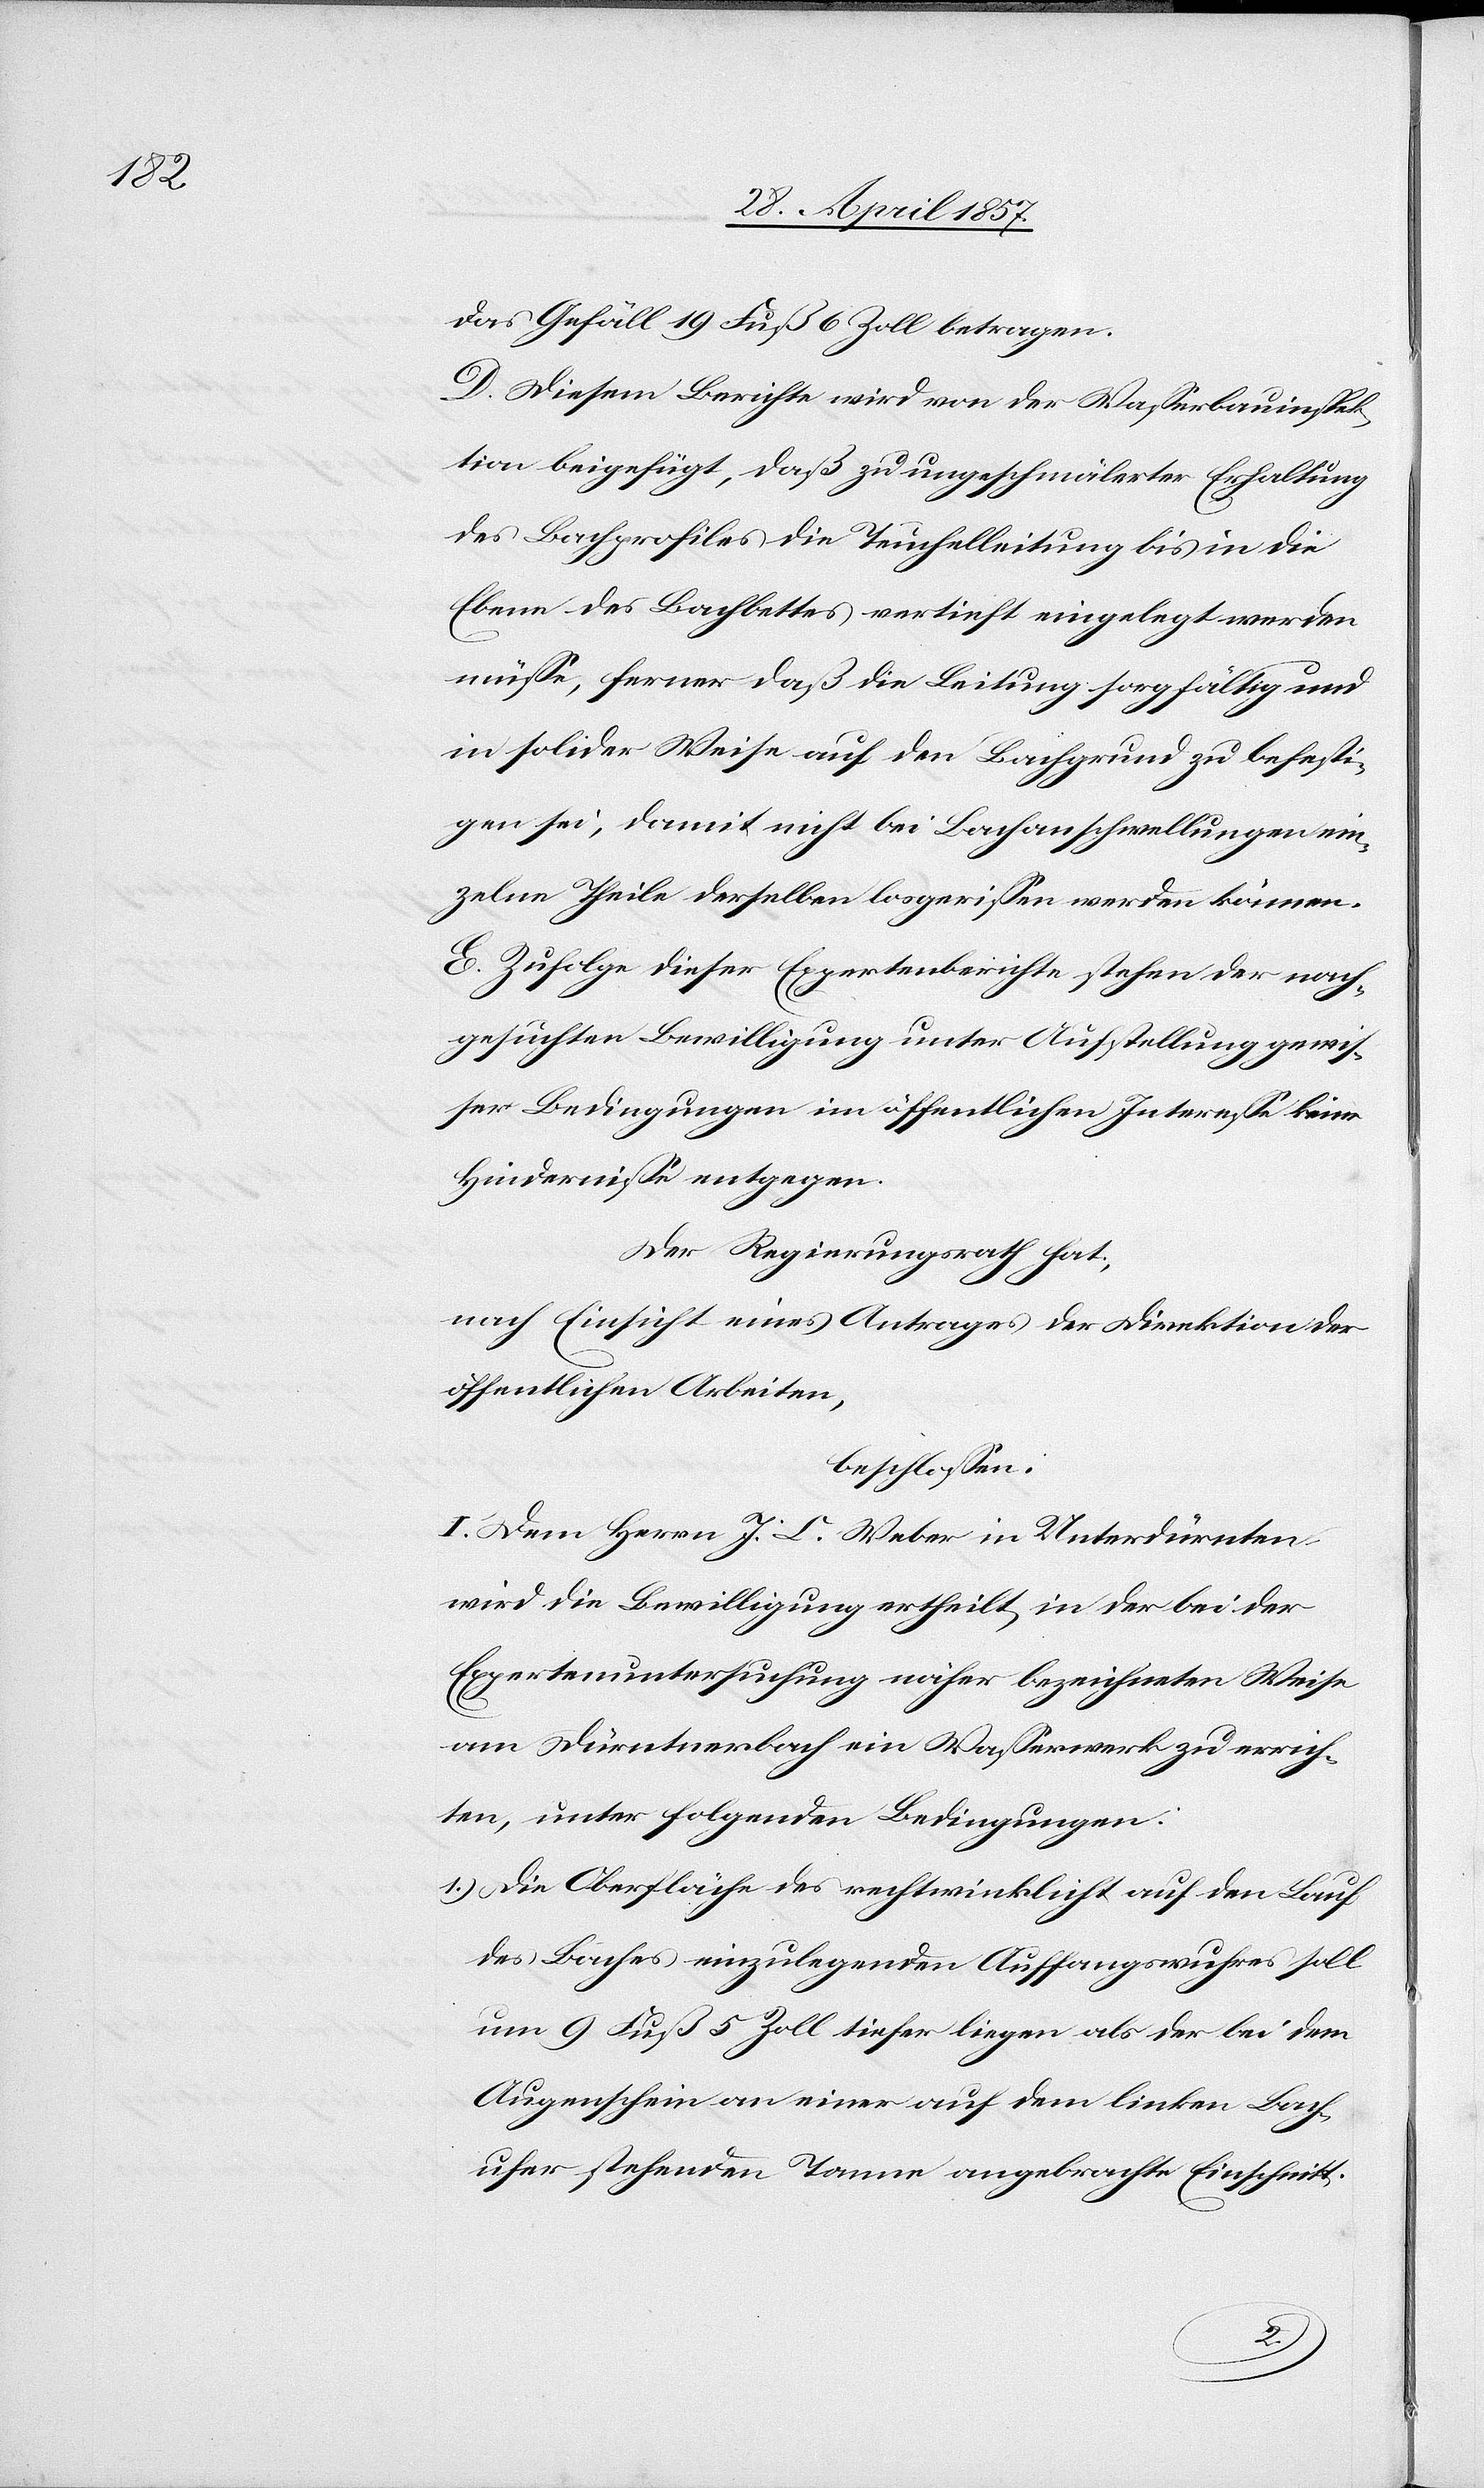
das Gefäll 19 Fuß 6 Zoll betragen.
D. Diesem Berichte wird von der Waßerbauinspek¬
tion beigefügt, daß zu ungeschmälerter Erhaltung
des Bachprofiles die Teuchelleitung bis in die
Ebene des Bachbettes vertieft eingelegt werden
müße, ferner daß die Leitung sorgfältig und
in solider Weise auf den Bachgrund zu befesti¬
gen sei, damit nicht bei Bachanschwellungen ein¬
zelne Theile derselben losgerißen werden können.
E. Zufolge dieser Expertenberichte stehen der nach¬
gesuchten Bewilligung unter Aufstellung gewis¬
ser Bedingungen im öffentlichen Intereße keine
Hinderniße entgegen.
Der Regierungsrath hat,
nach Einsicht eines Antrages der Direktion der
öffentlichen Arbeiten,
beschloßen:
I. Dem Herrn J. C. Weber in Unterdürnten
wird die Bewilligung ertheilt in der bei der
Expertenuntersuchung näher bezeichneten Weise
am Dürntenbach ein Waßerwerk zu errich¬
ten, unter folgenden Bedingungen:
1.) Die Oberfläche des rechtwinklicht auf den Lauf
des Baches einzulegenden Auffangswuhres soll
um 9 Fuß 5 Zoll tiefer liegen als der bei dem
Augenschein einer auf dem linken Bach¬
ufer stehenden Tonne angebrachte Einschnitt.